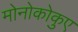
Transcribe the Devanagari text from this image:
मोनोकोकुए